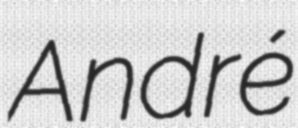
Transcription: André